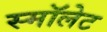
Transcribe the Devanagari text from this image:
स्मॉलेट